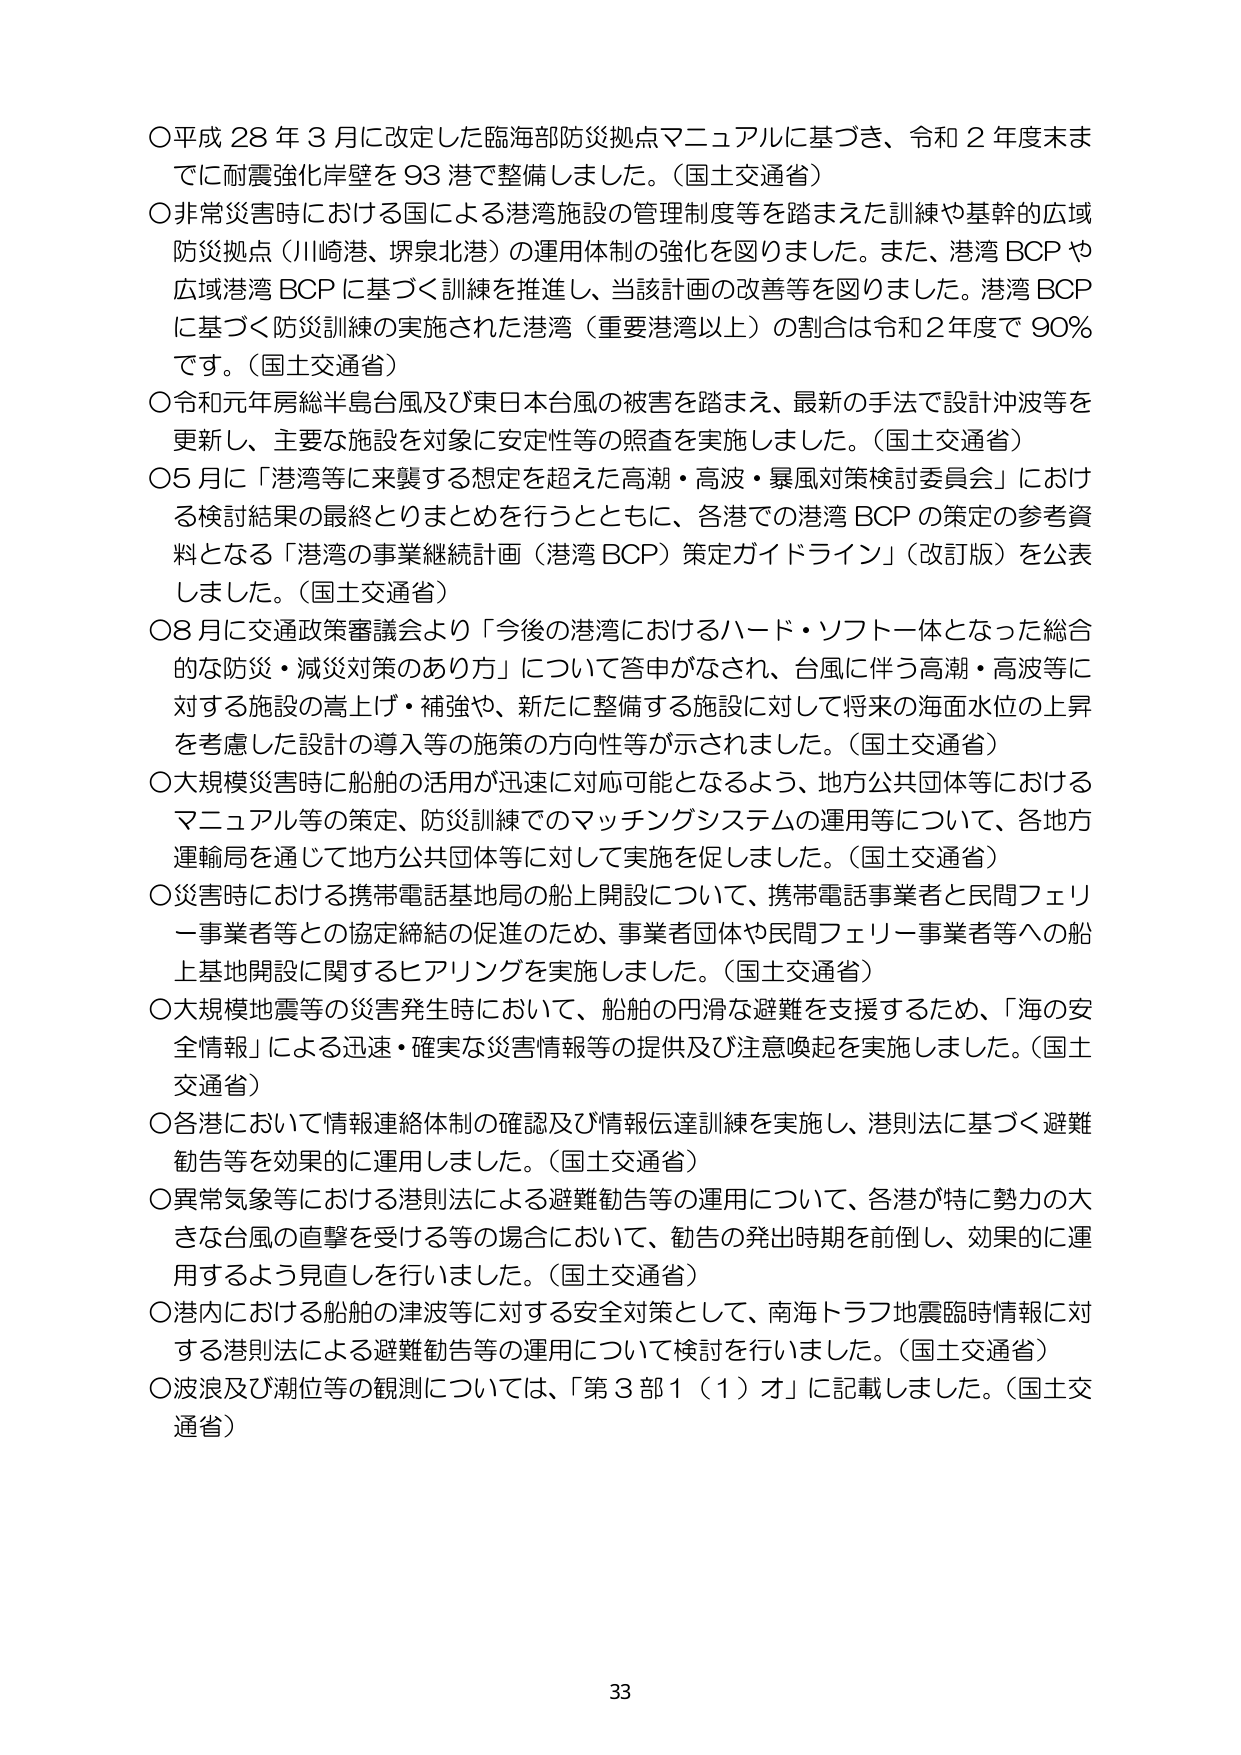
○平成28年3月に改定した臨海部防災拠点マニュアルに基づき、令和2年度末までに耐震強化岸壁を93港で整備しました。（国土交通省）
○非常災害時における国による港湾施設の管理制度等を踏まえた訓練や基幹的広域防災拠点（川崎港、堺泉北港）の運用体制の強化を図りました。また、港湾BCPや広域港湾BCPに基づく訓練を推進し、当該計画の改善等を図りました。港湾BCPに基づく防災訓練の実施された港湾（重要港湾以上）の割合は令和2年度で90％です。（国土交通省）
○令和元年房総半島台風及び東日本台風の被害を踏まえ、最新の手法で設計沖波等を更新し、主要な施設を対象に安定性等の照査を実施しました。（国土交通省）
○5月に「港湾等に来襲する想定を超えた高潮・高波・暴風対策検討委員会」における検討結果の最終とりまとめを行うとともに、各港での港湾BCPの策定の参考資料となる「港湾の事業継続計画（港湾BCP）策定ガイドライン」（改訂版）を公表しました。（国土交通省）
○8月に交通政策審議会より「今後の港湾におけるハード・ソフト一体となった総合的な防災・減災対策のあり方」について答申がなされ、台風に伴う高潮・高波等に対する施設の嵩上げ・補強や、新たに整備する施設に対して将来の海面水位の上昇を考慮した設計の導入等の施策の方向性等が示されました。（国土交通省）
○大規模災害時に船舶の活用が迅速に対応可能となるよう、地方公共団体等におけるマニュアル等の策定、防災訓練でのマッチングシステムの運用等について、各地方運輸局を通じて地方公共団体等に対して実施を促しました。（国土交通省）
○災害時における携帯電話基地局の船上開設について、携帯電話事業者と民間フェリー事業者等との協定締結の促進のため、事業者団体や民間フェリー事業者等への船上基地開設に関するヒアリングを実施しました。（国土交通省）
○大規模地震等の災害発生時において、船舶の円滑な避難を支援するため、「海の安全情報」による迅速・確実な災害情報等の提供及び注意喚起を実施しました。（国土交通省）
○各港において情報連絡体制の確認及び情報伝達訓練を実施し、港則法に基づく避難勧告等を効果的に運用しました。（国土交通省）
○異常気象等における港則法による避難勧告等の運用について、各港が特に勢力の大きな台風の直撃を受ける等の場合において、勧告の発出時期を前倒し、効果的に運用するよう見直しを行いました。（国土交通省）
○港内における船舶の津波等に対する安全対策として、南海トラフ地震臨時情報に対する港則法による避難勧告等の運用について検討を行いました。（国土交通省）
○波浪及び潮位等の観測については、「第3部1（1）オ」に記載しました。（国土交通省）

33